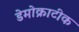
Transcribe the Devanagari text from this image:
डेमोक्राटीक